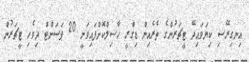
އިނގިރޭސި ކިޔަވައިދޭ ޓީޗަރުންގެ ތެރެއިން ޑިގްރީ ހާސިލްކޮށްފައިވަނީ 20 ޕަސަންޓް ދިވެހި ޓީޗަރުން